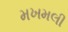
મખમલી